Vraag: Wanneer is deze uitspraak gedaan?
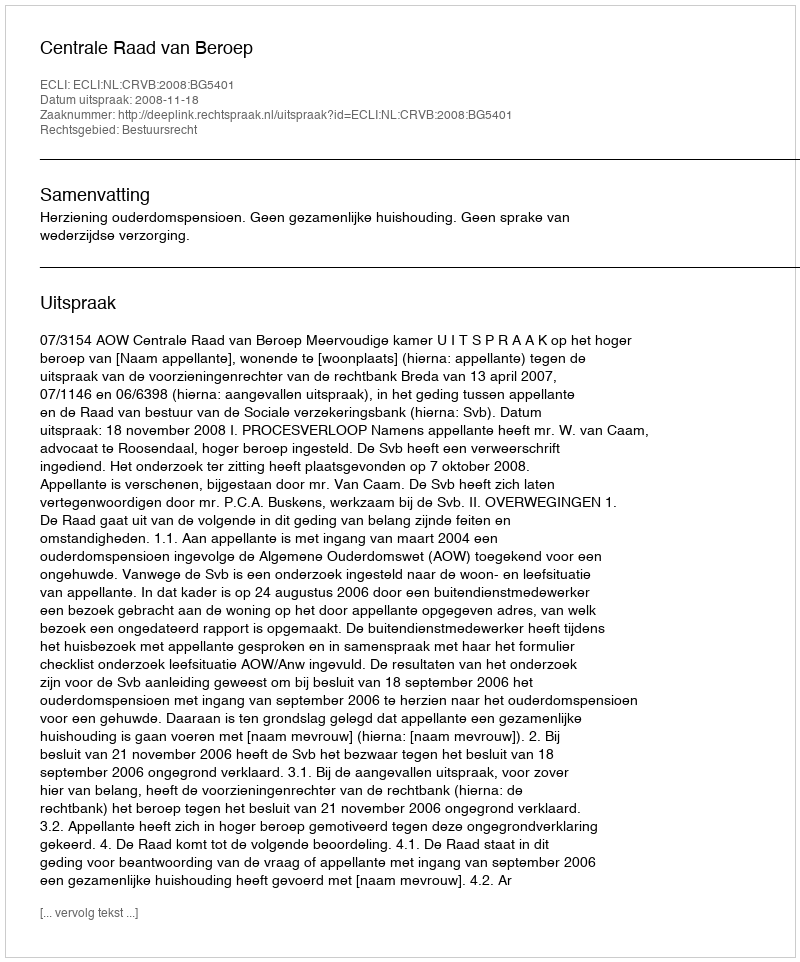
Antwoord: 2008-11-18